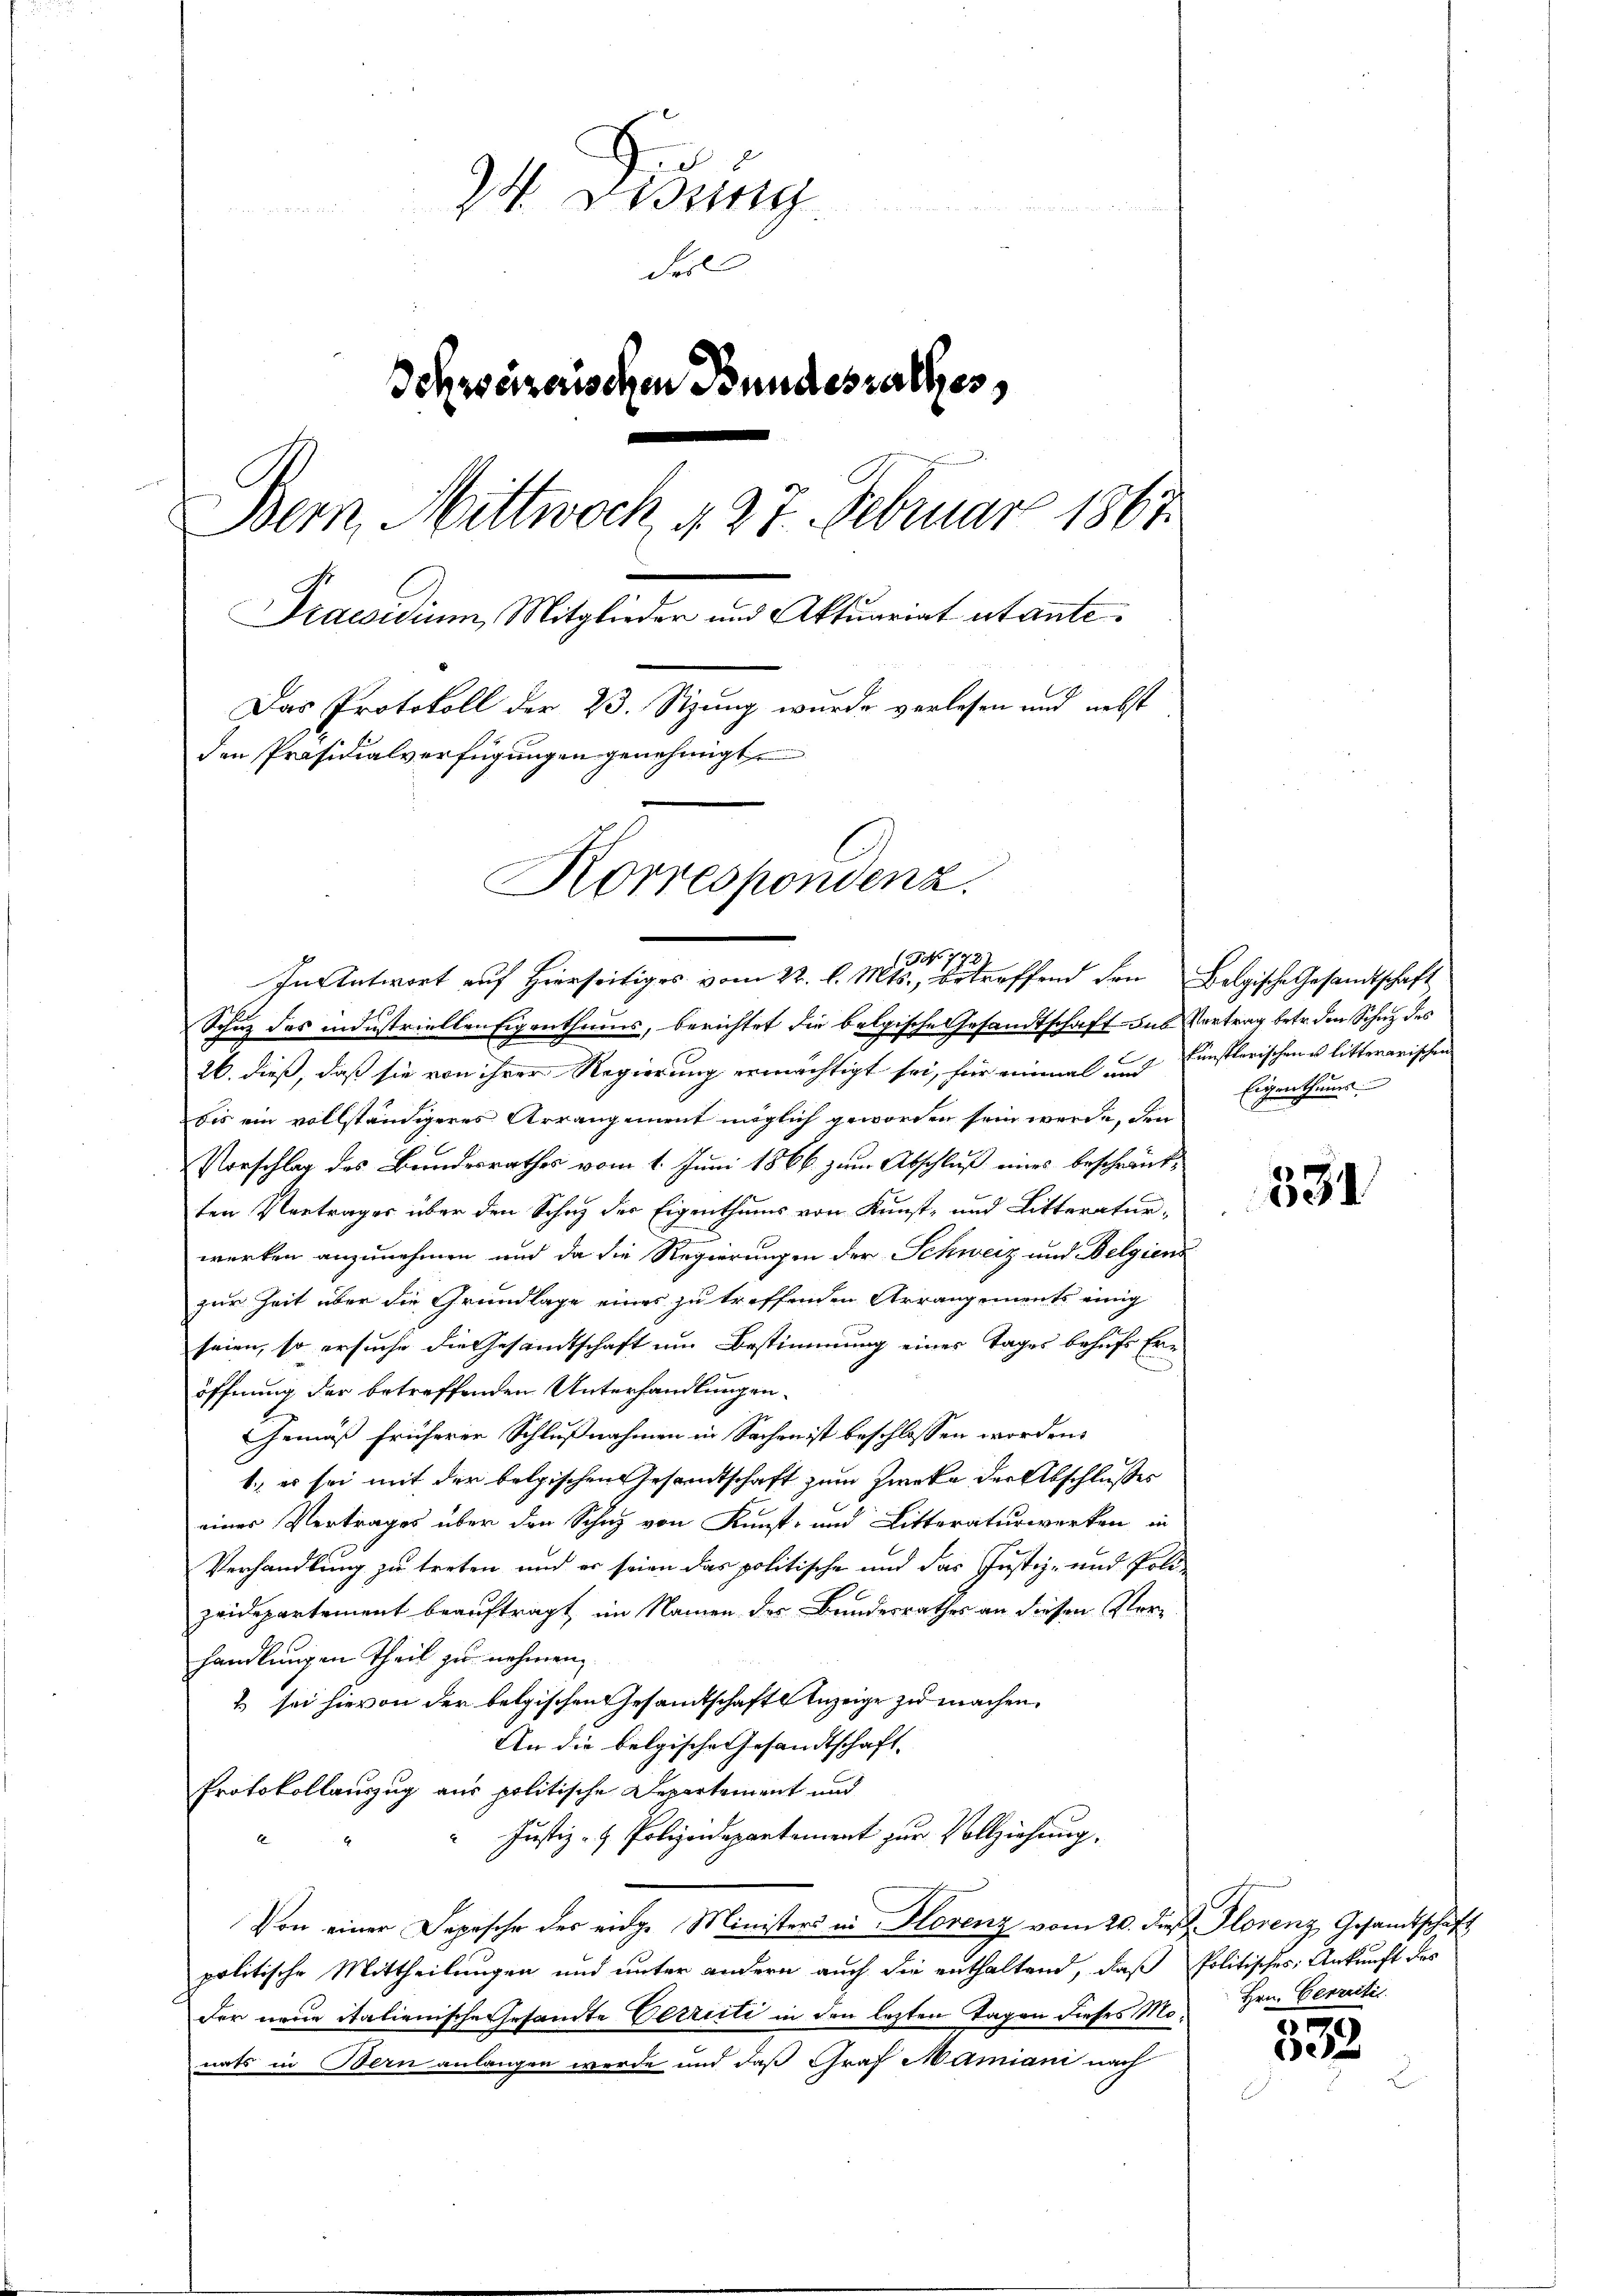
24. Didung
des
Schweizerischen Bundesrathes,
Bern, Mittwoch d. 27. Februar 1867
Praesidium Mitglieder und Aktuariat atante.
Das Protokoll der 23. Sizung wurde verlesen und nebst
den Präsidialverfügungen genehmigt
Korrespondenz.

(GNo 772
In Antwort auf Hierseitiges vom 22. l. Mts., betreffend den Folgische Gesandtschaft

Schutz des industriellen Eigenthums, berichtet die belgische Gesamtschaft - das Vertrag betr. den Schutz des
26. dieß, daß sie von ihrer Regierung ermächtigt sei, für einmal und Einstlerischene litterarischen
bis ein vollständigeres Arrangement möglich geworden sein werde, den
Vorschlag des Bandesrathes vom 1. Juni 1866 zum Abschluß eines beschränk-
ten Vertrages über den Schutz des Eigenthums von Kunst- und Litteratur-
werken anzunehmen und da die Regierungen der Schweiz und Belgiens
zur Zeit über die Grundlage eines zu treffenden Arrangements einig
seien, so ersuche die Gesandtschaft um Bestimmung einer Tages behufs Eröffnung der betreffenden Unterhandlungen.
Gemäß früherer Schlußnahmen in Sachen ist beschlossen worden.
1., es sei mit der belgischen Gesandtschaft zum Zwecke der Abschlußes
eines Vertrages über den Schutz von Kunst- und Litteraturwerken in
Verhandlung zu treten und er seien das politische und das Justiz- und Poli-
zeidepartement beauftragt, im Namen der Bundesrathes an diesen Vorhandlungen Theil zu nehmen,
2) sei hievon der belgischen Gesandtschaft Anzeige zu machen.
An die belgische Gesandtschaft,
Protokollauszug aus politische Departement und
" Justiz- & Polizeidepartement zur Vollziehung,
Von einer Depesche des eidge Ministers in Florenz vom 20. dieß. Florenz Gesamtschaft
politische Mittheilungen und unter andern auch die enthaltend, daß Politisches Ankunft des
der neue italienische Gesandte Petrieli in den letzten Tagen dieses Monats in Bern anlangen werde und daß Graf Mamiani nach

Eigenthums.

331

Hrn. Gerzeitis

3
002